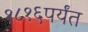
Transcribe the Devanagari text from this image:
१८१६पर्यंत